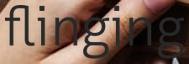
flinging